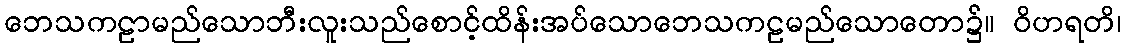
ဘေသကဠာမည်သောဘီးလူးသည်စောင့်ထိန်းအပ်သောဘေသကဠမည်သောတော၌။ ဝိဟရတိ၊